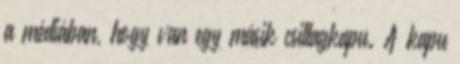
a médiában, hogy van egy másik csillagkapu. A kapu